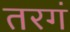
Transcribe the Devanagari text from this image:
तरगं